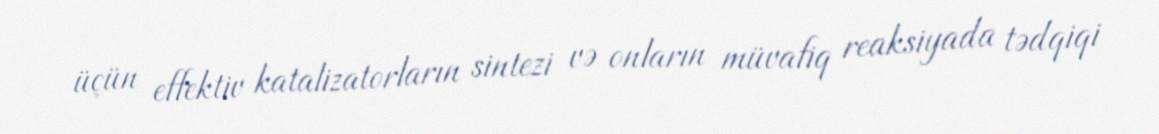
üçün effektiv katalizatorların sintezi və onların müvafiq reaksiyada tədqiqi